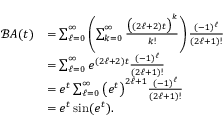
{ \begin{array} { r l } { { \mathcal { B } } A ( t ) } & { = \sum _ { \ell = 0 } ^ { \infty } \left( \sum _ { k = 0 } ^ { \infty } { \frac { { \big ( } ( 2 \ell + 2 ) t { \big ) } ^ { k } } { k ! } } \right) { \frac { ( - 1 ) ^ { \ell } } { ( 2 \ell + 1 ) ! } } } \\ & { = \sum _ { \ell = 0 } ^ { \infty } e ^ { ( 2 \ell + 2 ) t } { \frac { ( - 1 ) ^ { \ell } } { ( 2 \ell + 1 ) ! } } } \\ & { = e ^ { t } \sum _ { \ell = 0 } ^ { \infty } { \big ( } e ^ { t } { \big ) } ^ { 2 \ell + 1 } { \frac { ( - 1 ) ^ { \ell } } { ( 2 \ell + 1 ) ! } } } \\ & { = e ^ { t } \sin ( e ^ { t } ) . } \end{array} }